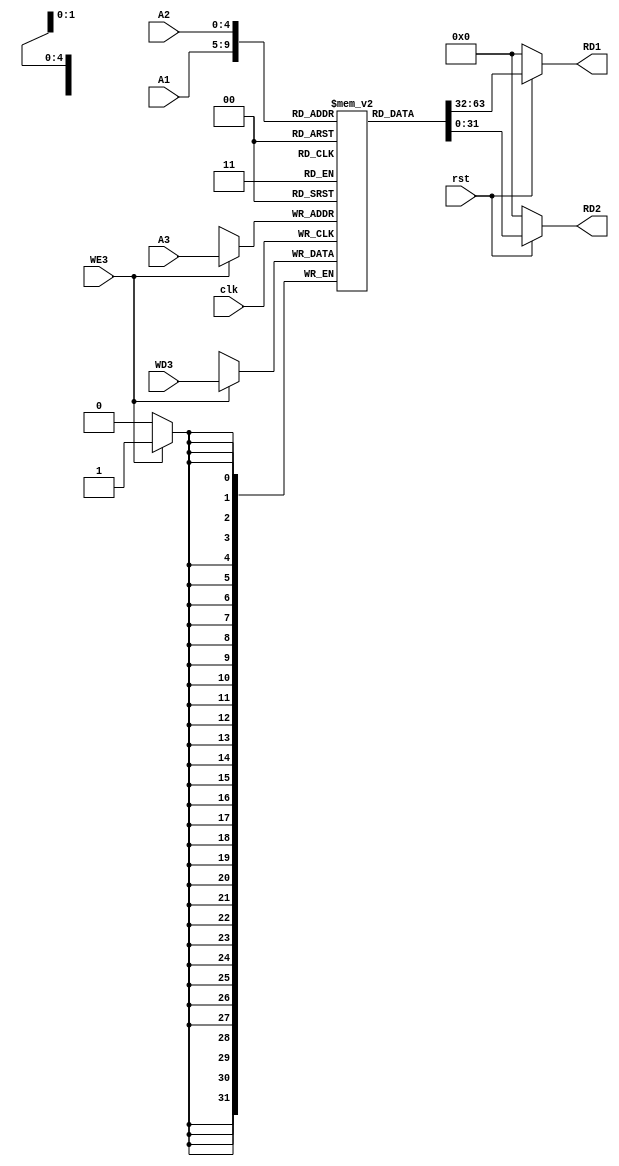
module register_file(clk,rst,A1,A2,A3,WD3,WE3,RD1,RD2);

    input clk,rst,WE3;
    input [4:0] A1,A2,A3;
    input [31:0] WD3;

    output [31:0] RD1,RD2;

    //Creation of memory 
    reg [31:0] Registers [31:0];

    //Read functionality
    assign RD1 = (!rst) ? 32'h00000000 : Registers[A1];
    assign RD2 = (!rst) ? 32'h00000000 : Registers[A2];

    //Write Enable Functionality
    always @ (posedge clk) begin
            if(WE3) begin
                Registers[A3] <= WD3;
            end
    end
   // According to instruction my rs1 is 9 = 01001
    initial begin
       Registers[5] = 32'h00000006;
       Registers[6] = 32'h0000000A; //10 into decimal
   //     Registers[11] = 32'h0000028;
    //    Registers[12] = 32'h0000030;
    end

endmodule